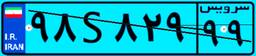
۰۷S۹۲۵۴۸